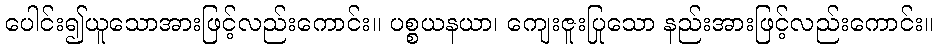
ပေါင်း၍ယူသောအားဖြင့်လည်းကောင်း။ ပစ္စယနယာ၊ ကျေးဇူးပြုသော နည်းအားဖြင့်လည်းကောင်း။